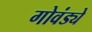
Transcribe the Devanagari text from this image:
गोवंड्ये